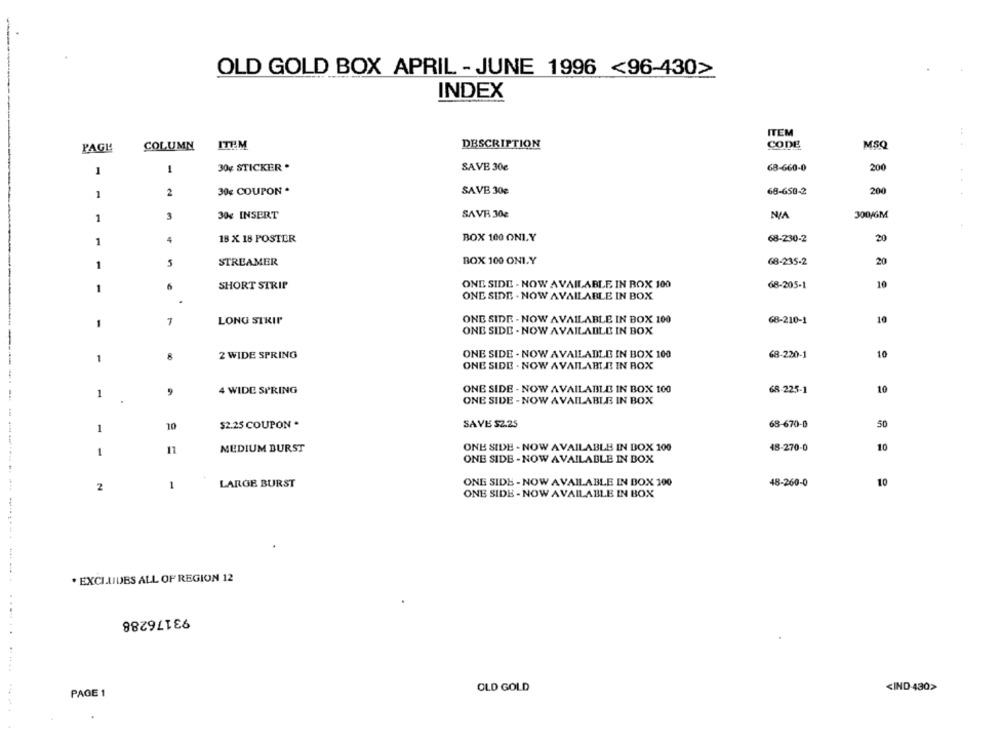
-
OLD GOLD BOX APRIL - JUNE 1996 <96-430>
INDEX
ITEM
PAGE
COLUMN
ITEM
DESCRIPTION
CODE
MSQ
1
1
30g STICKER .
SAVE 30€
68-660-0
200
1
2
30€ COUPON .
SAVE 30g
68-650-2
200
3
30g INSERT
SAVE 30g
300/6M
1
18 X 18 POSTER
BOX 100 ONLY
68-230-2
20
1
4
BOX 100 ONI.Y
1
5
STREAMER
68-235-2
20
10
-
6
SHORT STRIP
ONE SIDE - NOW AVAILABLE IN BOX 100
68-205-1
ONE SIDE . NOW AVAILABLE IN BOX
ONE SIDE - NOW AVAILABLE IN BOX 100
68-210-1
10
1
7
LONG STRIP
ONE SIDE - NOW AVAILABLE IN BOX
1
8
2 WIDE SPRING
ONE SIDE - NOW AVAILABLE IN BOX 100
68-220-1
10
ONE SIDE . NOW AVAILABLE IN BOX
1
9
4 WIDE SPRING
ONE SIDE - NOW AVAILABLE IN BOX 100
68-225-1
10
ONE SIDE - NOW AVAILABLE IN BOX
$2.25 COUPON .
SAVE $2.25
68-670-0
1
10
50
1
11
MEDIUM BURST
ONE SIDE - NOW AVAILABLE IN BOX 100
48-270-0
10
ONE SIDE - NOW AVAILABLE IN BOX
ONE SIDE - NOW AVAILABLE IN BOX 100
48-260-0
2
1
LARGE BURST
10
ONE SIDE - NOW AVAILABLE IN BOX
------ -- ---------
* EXCLUIUBS ALL OF REGION 12
93176288
OLD GOLD
<IND 430>
PAGE 1